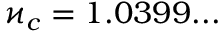
\varkappa _ { c } = 1 . 0 3 9 9 . . .